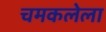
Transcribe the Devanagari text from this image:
चमकलेला